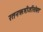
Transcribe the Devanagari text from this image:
रतनऋषीजींसोबत